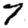
Digit: 7